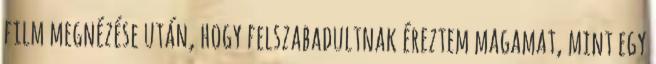
film megnézése után, hogy felszabadultnak éreztem magamat, mint egy